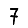
Digit: 7